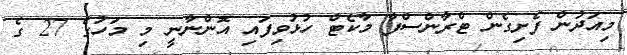
މިއަދުން ފެށިގެން ޓްރާންސްފާ މާކެޓް ހުޅުވިފައި އޮންނާނީ މި މަހުގެ 27 ގެ